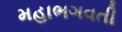
મહાભગવતી